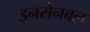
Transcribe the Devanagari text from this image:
इनसेनबल